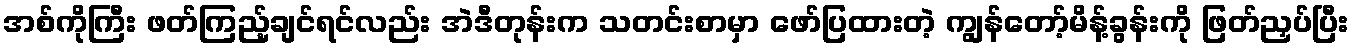
အစ်ကိုကြီး ဖတ်ကြည့်ချင်ရင်လည်း အဲဒီတုန်းက သတင်းစာမှာ ဖော်ပြထားတဲ့ ကျွန်တော့်မိန့်ခွန်းကို ဖြတ်ညှပ်ပြီး